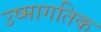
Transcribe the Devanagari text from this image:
उष्मागतिक